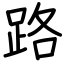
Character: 路